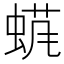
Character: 𱿬